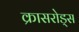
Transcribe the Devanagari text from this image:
क्रासरोड्स